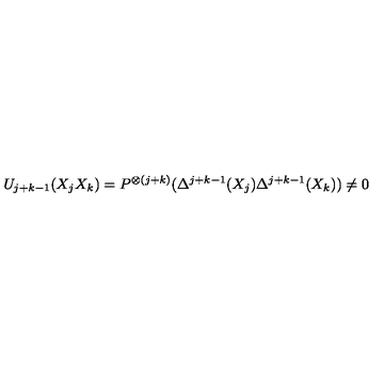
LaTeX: U _ { j + k - 1 } ( X _ { j } X _ { k } ) = P ^ { \otimes ( j + k ) } ( \Delta ^ { j + k - 1 } ( X _ { j } ) \Delta ^ { j + k - 1 } ( X _ { k } ) ) \not = 0